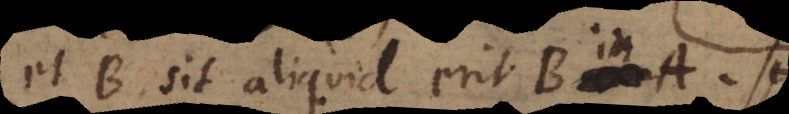
et B sit aliquid erit B in